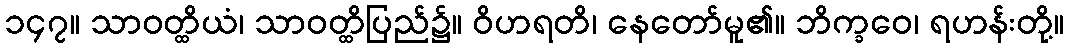
၁၄၇။ သာဝတ္ထိယံ၊ သာဝတ္ထိပြည်၌။ ဝိဟရတိ၊ နေတော်မူ၏။ ဘိက္ခဝေ၊ ရဟန်းတို့။